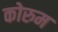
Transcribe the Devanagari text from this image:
कोरुम